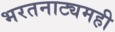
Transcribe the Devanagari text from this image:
भरतनाट्यमही